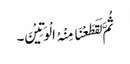
ثُمَّ لَقَطَعْنَا مِنْہُ الْوَتِیْنَ۔